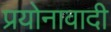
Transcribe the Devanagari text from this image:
प्रयोनावादी